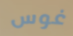
غوس